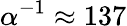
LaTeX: \alpha^{-1}\approx 137